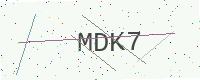
Text: MDK7